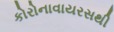
કોરોનાવાયરસથી